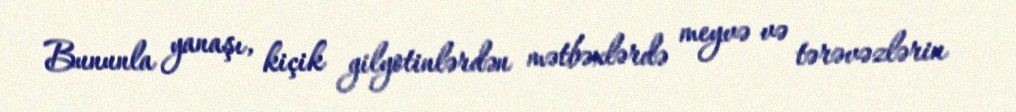
Bununla yanaşı, kiçik gilyotinlərdən mətbəxlərdə meyvə və tərəvəzlərin